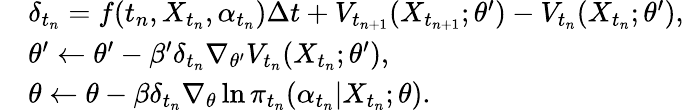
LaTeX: \begin{array}{rl}&{\delta_{t_{n}}=f(t_{n},X_{t_{n}},\alpha_{t_{n}})\Delta t+V_{t_{n+1}}(X_{t_{n+1}};\theta^{\prime})-V_{t_{n}}(X_{t_{n}};\theta^{\prime}),}\\ &{\theta^{\prime}\leftarrow\theta^{\prime}-\beta^{\prime}\delta_{t_{n}}\nabla_{\theta^{\prime}}V_{t_{n}}(X_{t_{n}};\theta^{\prime}),}\\ &{\theta\leftarrow\theta-\beta\delta_{t_{n}}\nabla_{\theta}\ln\pi_{t_{n}}(\alpha_{t_{n}}\vert X_{t_{n}};\theta).}\end{array}